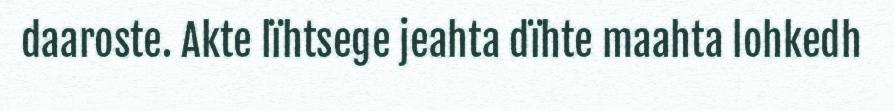
daaroste. Akte lïhtsege jeahta dïhte maahta lohkedh